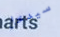
سيدخل